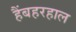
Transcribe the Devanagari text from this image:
हैंबहरहाल